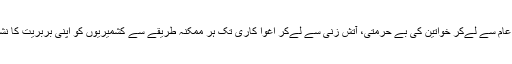
لوگوں کے قتل عام سے لےکر خواتین کی بے حرمتی، آتش زنی سے لےکر اغوا کاری تک ہر ممکنہ طریقے سے کشمیریوں کو اپنی بربریت کا نشانہ بنا رہا ہے ۔